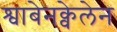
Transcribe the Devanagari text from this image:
श्वाबेनक्वेलेन